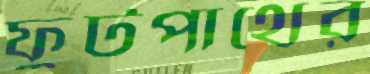
ফুটপাথের